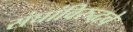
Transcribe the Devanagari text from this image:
संघांविरुद्धचे